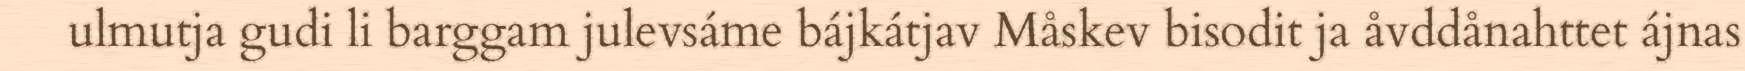
ulmutja gudi li barggam julevsáme bájkátjav Måskev bisodit ja åvddånahttet ájnas